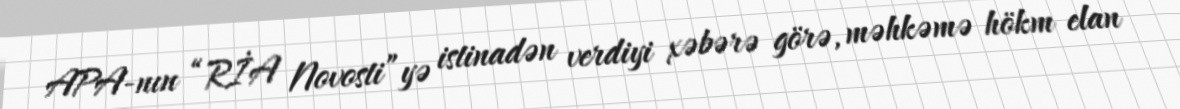
APA-nın “RİA Novosti”yə istinadən verdiyi xəbərə görə, məhkəmə hökm elan